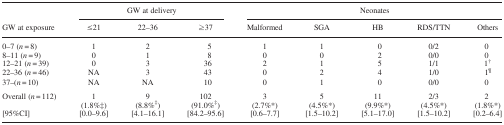
|  | <COLSPAN=3> GW at delivery | <COLSPAN=5> Neonates |
 | GW at exposure | ≤21 | 22–36 | ≥37 | Malformed | SGA | HB | RDS/TTN | Others |
 | --- | --- | --- | --- | --- | --- | --- | --- | --- |
 | 0–7 (n = 8) | 1 | 2 | 5 | 1 | 1 | 0 | 0/2 | 0 |
 | 8–11 (n = 9) | 0 | 1 | 8 | 0 | 0 | 2 | 0/0 | 0 |
 | 12–21 (n = 39) | 0 | 3 | 36 | 2 | 1 | 5 | 1/1 | 1† |
 | 22–36 (n = 46) | NA | 3 | 43 | 0 | 2 | 4 | 1/0 | 1¶ |
 | 37–(n = 10) | NA | NA | 10 | 0 | 1 | 0 | 0/0 | 0 |
 | Overall (n = 112) | 1 | 9 | 102 | 3 | 5 | 11 | 2/3 | 2 |
 |  | (1.8%‡) | (8.8%‡) | (91.0%‡) | (2.7%*) | (4.5%*) | (9.9%*) | (4.5%*) | (1.8%*) |
 | [95%CI] | [0.0–9.6] | [4.1–16.1] | [84.2–95.6] | [0.6–7.7] | [1.5–10.2] | [5.1–17.0] | [1.5–10.2] | [0.2–6.4] |